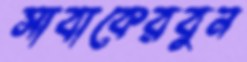
সাবাকেরবুন